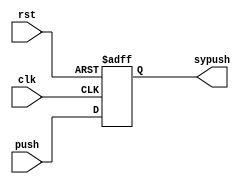
module SYNC(sypush,push,clk,rst);
	input push,clk,rst;
	output sypush;
	wire push,clk,rst;
	reg sypush;

	always @(posedge clk or posedge rst)
	begin
		if (rst) sypush <=0;
		else sypush <=push;
	end
endmodule